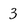
Character: 3